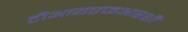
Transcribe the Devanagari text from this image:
टीआयएफआरशी